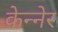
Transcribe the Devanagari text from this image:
केन्नेर